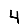
Digit: 4